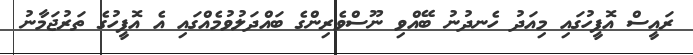
ރައީސް އޮފީހުގައި މިއަދު ހެނދުނު ބޭއްވި ނޫސްވެރިންގެ ބައްދަލުވުމެއްގައި އެ އޮފީހުގެ ތަރުޖަމާނު